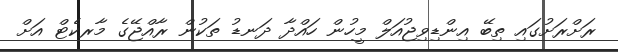
ރަށްރަށުގައި ތިބޭ އިންޑިވިޖުއަލް މީހުން ހައްދާ ދަނޑު ތަކުން ރާއްޖޭގެ މާރކެޓް އަށް